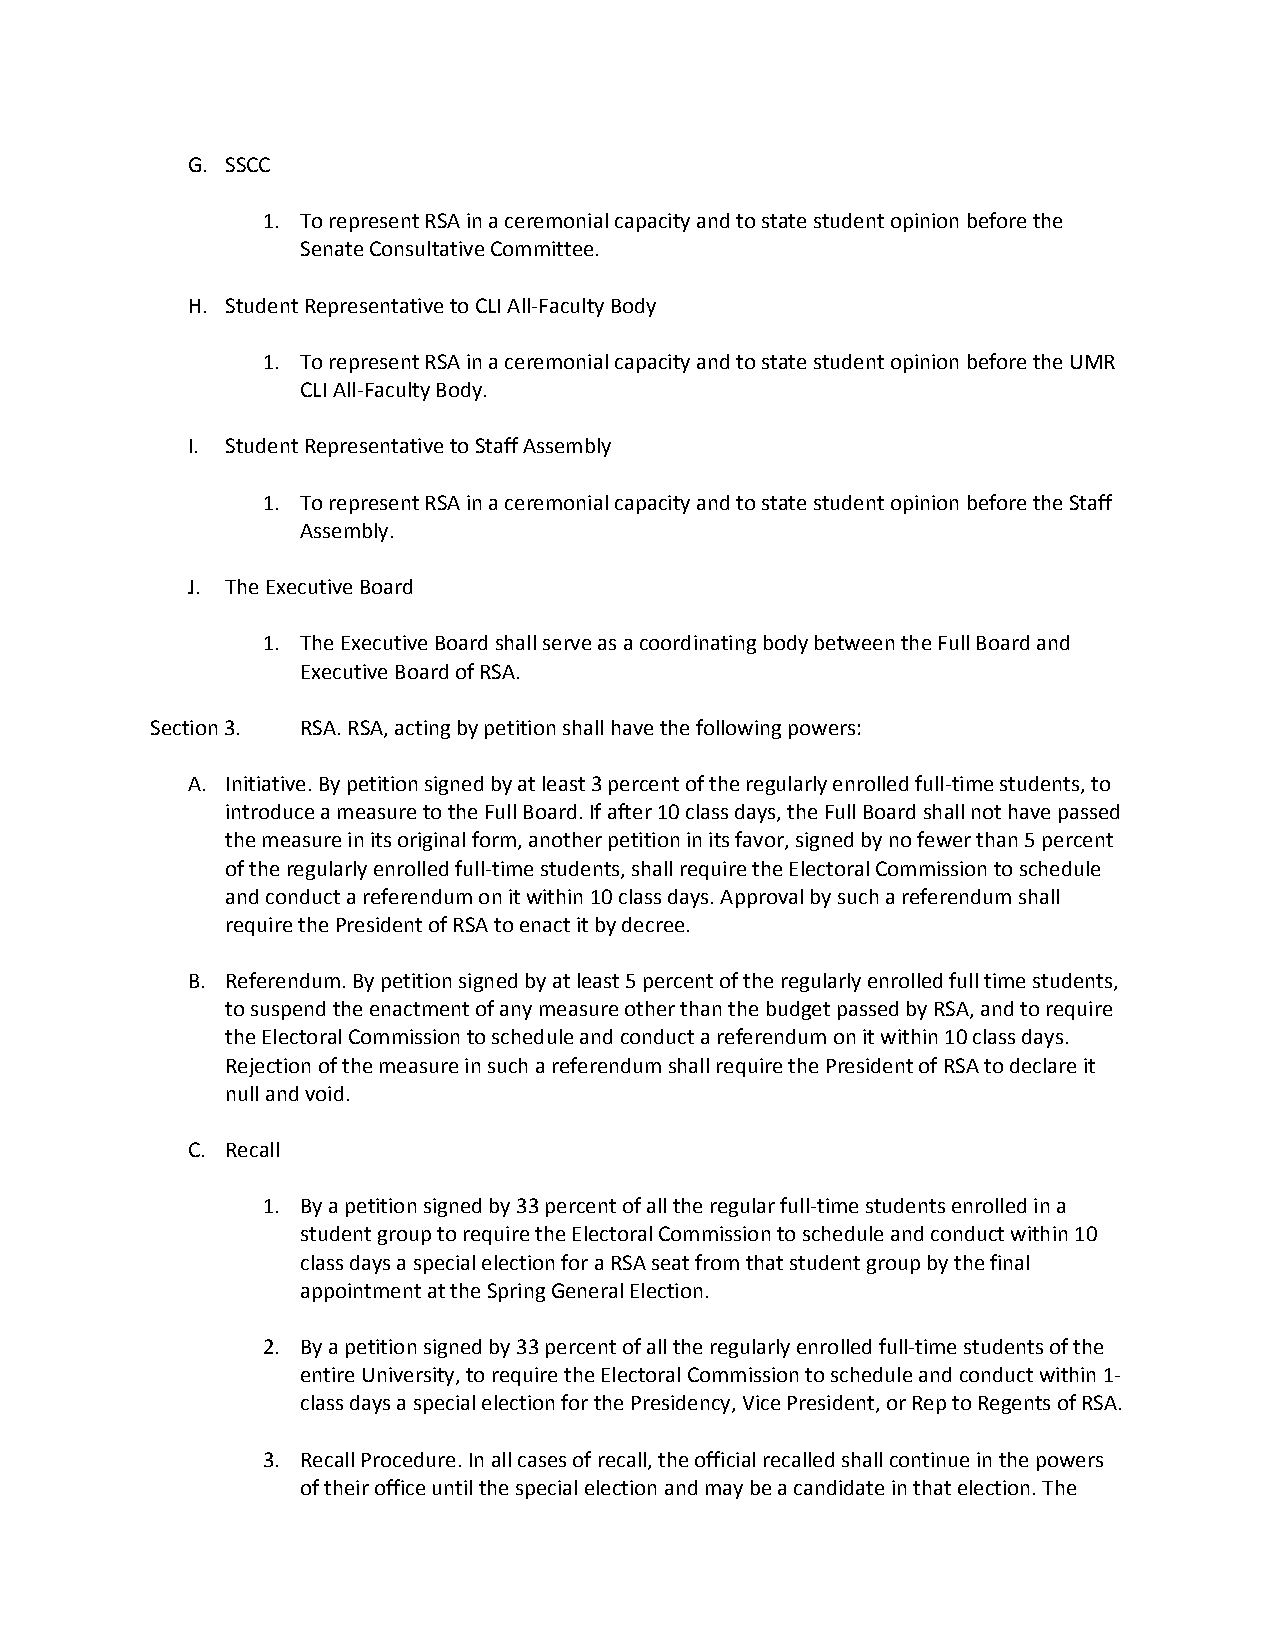
G. SSCC
 1. To represent RSA in a ceremonial capacity and to state student opinion before the
 Senate Consultative Committee.
 H. Student Representative to CLI All-Faculty Body
 1. To represent RSA in a ceremonial capacity and to state student opinion before the UMR
 CLI All-Faculty Body.
 I. Student Representative to Staff Assembly
 1. To represent RSA in a ceremonial capacity and to state student opinion before the Staff
 Assembly.
 J. The Executive Board
 1. The Executive Board shall serve as a coordinating body between the Full Board and
 Executive Board of RSA.
 Section 3. RSA. RSA, acting by petition shall have the following powers:
 A. Initiative. By petition signed by at least 3 percent of the regularly enrolled full-time students, to
 introduce a measure to the Full Board. If after 10 class days, the Full Board shall not have passed
 the measure in its original form, another petition in its favor, signed by no fewer than 5 percent
 of the regularly enrolled full-time students, shall require the Electoral Commission to schedule
 and conduct a referendum on it within 10 class days. Approval by such a referendum shall
 require the President of RSA to enact it by decree.
 B. Referendum. By petition signed by at least 5 percent of the regularly enrolled full time students,
 to suspend the enactment of any measure other than the budget passed by RSA, and to require
 the Electoral Commission to schedule and conduct a referendum on it within 10 class days.
 Rejection of the measure in such a referendum shall require the President of RSA to declare it
 null and void.
 C. Recall
 1. By a petition signed by 33 percent of all the regular full-time students enrolled in a
 student group to require the Electoral Commission to schedule and conduct within 10
 class days a special election for a RSA seat from that student group by the final
 appointment at the Spring General Election.
 2. By a petition signed by 33 percent of all the regularly enrolled full-time students of the
 entire University, to require the Electoral Commission to schedule and conduct within 1-
 class days a special election for the Presidency, Vice President, or Rep to Regents of RSA.
 3. Recall Procedure. In all cases of recall, the official recalled shall continue in the powers
 of their office until the special election and may be a candidate in that election. The